画像に写った文字を読んでください
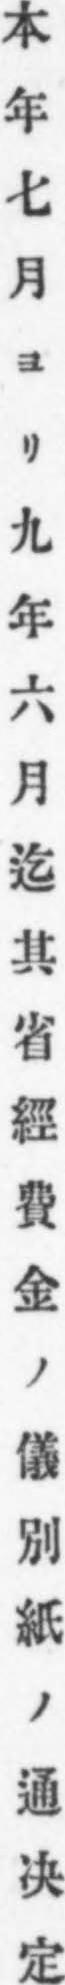
「本年七月ヨリ九年六月迄其省經費金ノ儀別紙ノ通决定」と書いてあります